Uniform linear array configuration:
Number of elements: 64
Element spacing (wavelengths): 0.75
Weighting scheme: cosine
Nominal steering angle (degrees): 30
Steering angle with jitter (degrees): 29.227
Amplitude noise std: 0.05
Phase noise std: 0.05

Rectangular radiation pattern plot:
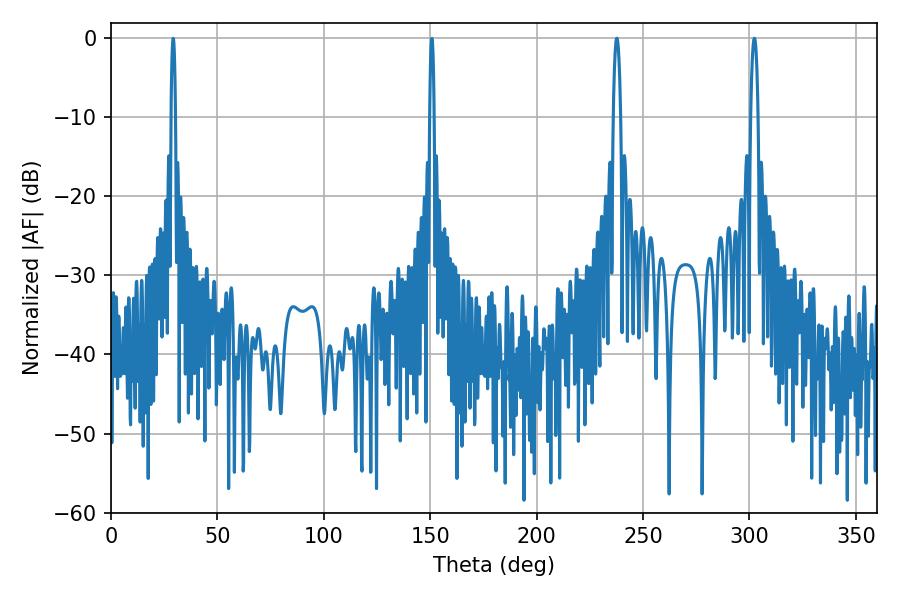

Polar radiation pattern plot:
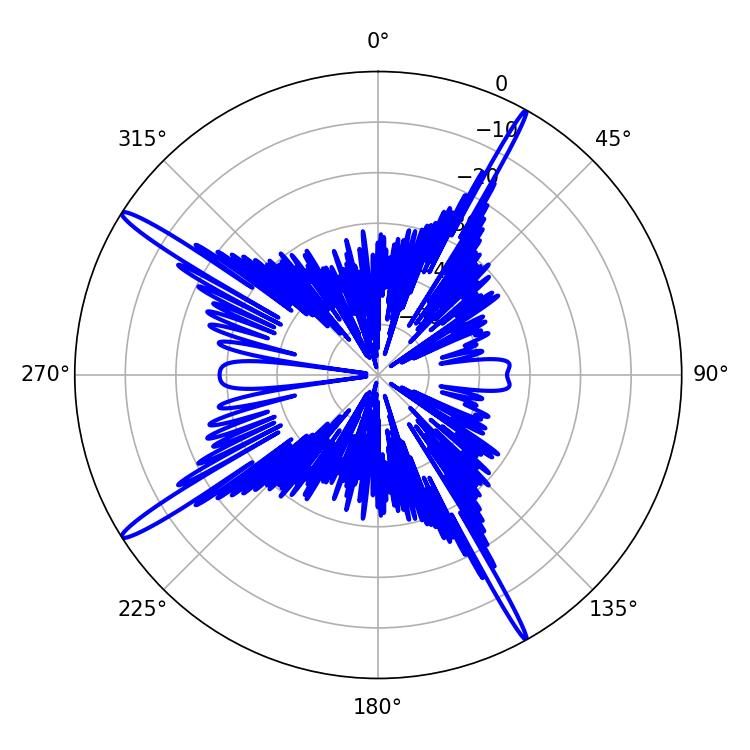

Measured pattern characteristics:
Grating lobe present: TRUE
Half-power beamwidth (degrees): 1.98
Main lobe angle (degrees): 237.6